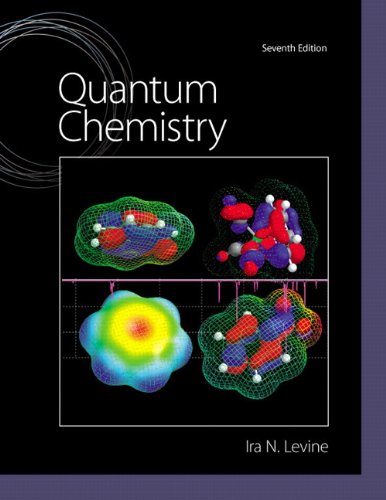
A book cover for Quantum Chemistry (7th Edition); Ira N. Levine; Science & Math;